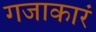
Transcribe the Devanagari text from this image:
गजाकारं